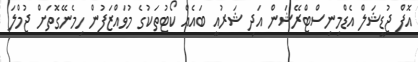
އޮފް ޖުޑީޝަލް އެޑްމިނިސްޓްރޭޝަން އަދި ޝަރުއީ ބައެއް ކޯޓުތަކުގެ މުވައްޒަފުން ހިމެނޭގޮތަށް ޖުމްލަ